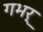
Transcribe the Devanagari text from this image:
गभर्